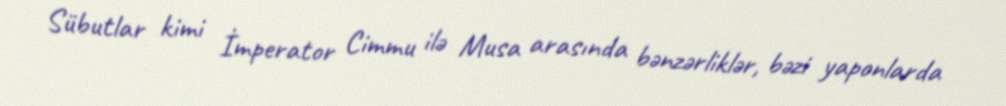
Sübutlar kimi İmperator Cimmu ilə Musa arasında bənzərliklər, bəzi yaponlarda